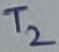
Text: T2